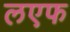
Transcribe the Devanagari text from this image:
लएफ